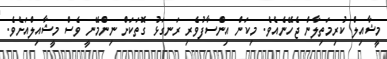
މީޝާއިލް ކުރިމަތިލާން ޖެހޭނެއެވެ. މިކަން އިންސާފުވެރި ރަނގަޅު ގޮތަކަށް ނިންމޭނީ ވެސް މީޝާއިލްއަށެވެ.